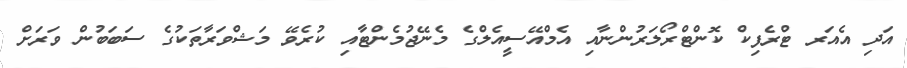
އަދި އެއަރ ޓްރެފިކް ކޮންޓްރޯލަރުންނާއި އެމްއޭސީއެލްގެ މެނޭޖުމެންޓާއި ކުރެވޭ މަޝްވަރާތަކުގެ ސަބަބުން ވަރަށް